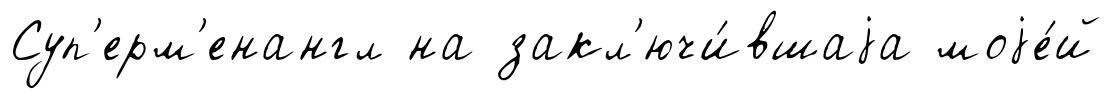
Суп'ерм'енангл на закл'ючи́вшаjа моjе́й